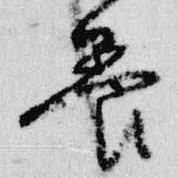
養